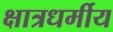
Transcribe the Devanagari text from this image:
क्षात्रधर्मीय